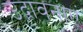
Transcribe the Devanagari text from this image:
उद्भावनाएं